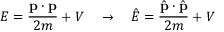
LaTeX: E = { \frac { \mathbf { p } \cdot \mathbf { p } } { 2 m } } + V \quad \rightarrow \quad { \hat { E } } = { \frac { { \hat { \mathbf { p } } } \cdot { \hat { \mathbf { p } } } } { 2 m } } + V